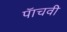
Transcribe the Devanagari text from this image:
पॅाचवी